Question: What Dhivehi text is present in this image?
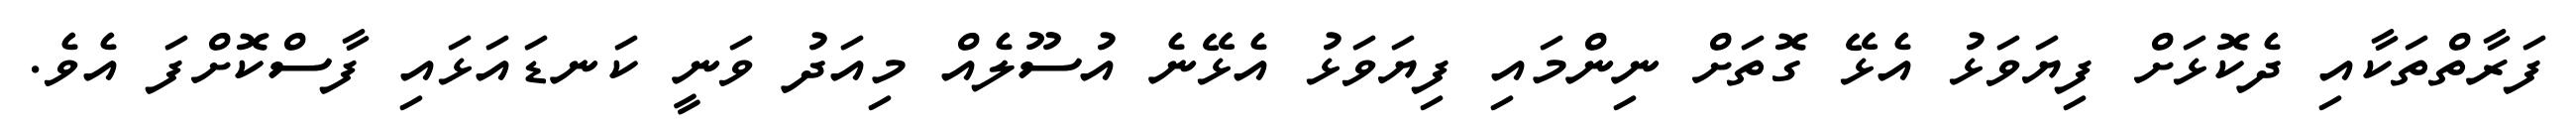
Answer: ފަރާތްތަކާއި ދެކޮޅަށް ފިޔަވަޅު އެޅޭ ގޮތަށް ނިންމައި ފިޔަވަޅު އެޅޭނެ އުސޫލެއް މިއަދު ވަނީ ކަނޑައަޅައި ފާސްކޮށްފަ އެވެ.